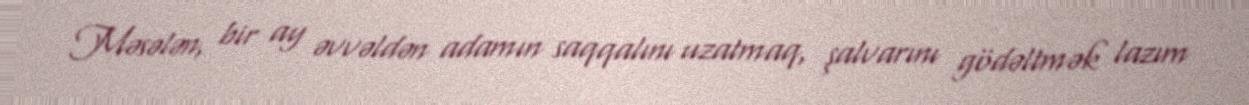
Məsələn, bir ay əvvəldən adamın saqqalını uzatmaq, şalvarını gödəltmək lazım